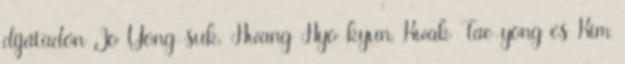
díjátadón Jo Yong-suk, Hwang Hyo-kyun, Kwak Tae-yong és Kim